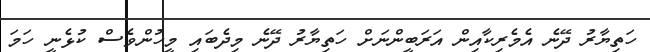
ހަތިޔާރު ދޭނެ އެމެރިކާއިން އަރަބީންނަށް ހަތިޔާރު ދޭނެ މިދެބައި މީހުންވެސް ކުޅެނީ ހަމަ